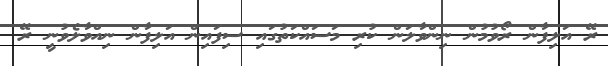
ރޭ އަލިފާން ރޯވުމުން ނިންވާލަން ކުރި މަސައްކަތުގައި ސިފައިން އަލިފާން ނިއްވާލެވުނީ ރޭ